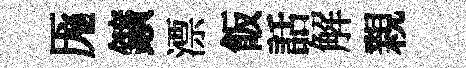
厖鑛漂飯話解親